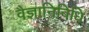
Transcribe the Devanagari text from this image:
वैज्ञानिविधि